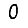
Digit: 0